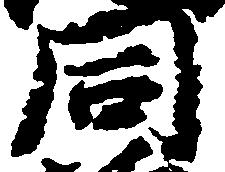
同